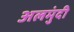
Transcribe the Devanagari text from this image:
अलमुंदी